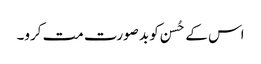
اس کے حُسن کو بد صورت مت کرو۔